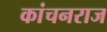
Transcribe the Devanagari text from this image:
कांचनराज